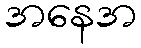
အနေအ